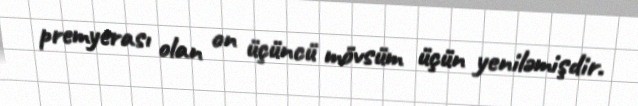
premyerası olan on üçüncü mövsüm üçün yeniləmişdir.